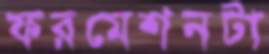
ফরমেশনটা